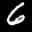
Label: 6